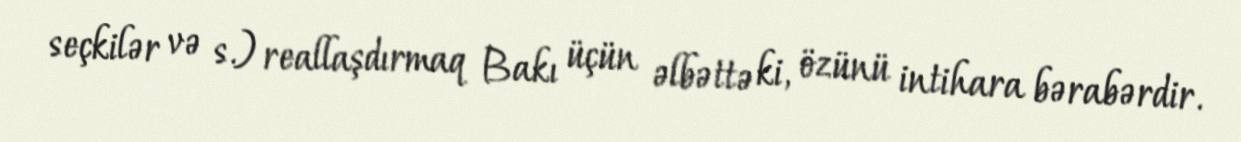
seçkilər və s.) reallaşdırmaq Bakı üçün əlbəttə ki, özünü intihara bərabərdir.